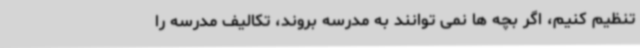
تنظیم کنیم، اگر بچه ها نمی توانند به مدرسه بروند، تکالیف مدرسه را